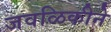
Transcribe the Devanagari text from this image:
जवळिकीने